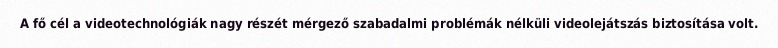
A fő cél a videotechnológiák nagy részét mérgező szabadalmi problémák nélküli videolejátszás biztosítása volt.